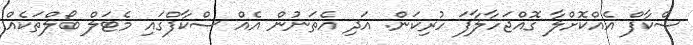
ސްކާފް އެއްކޮށްލާ ގޮއްޖަހާލާފަ ހުރިކަން. އަދި އެތަނުން އެއް ސްކާފްގައި މެޓަލް ބޯލްތަކެއް